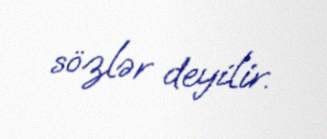
sözlər deyilir.